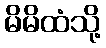
မိမိထံသို့